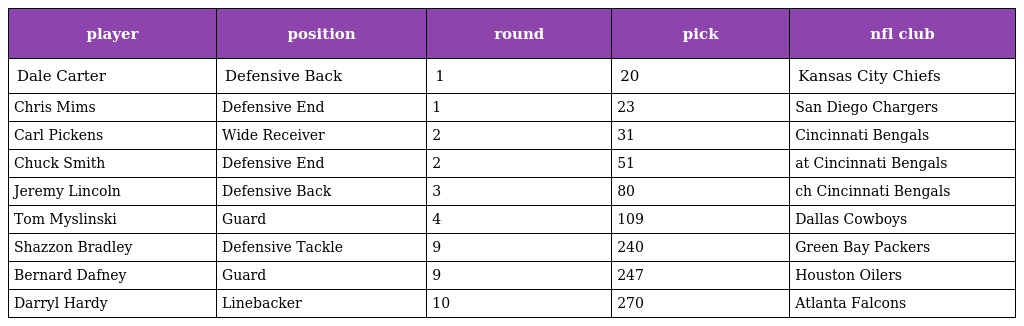
| player | position | round | pick | nfl club |
 | --- | --- | --- | --- | --- |
 | Dale Carter | Defensive Back | 1 | 20 | Kansas City Chiefs |
 | Chris Mims | Defensive End | 1 | 23 | San Diego Chargers |
 | Carl Pickens | Wide Receiver | 2 | 31 | Cincinnati Bengals |
 | Chuck Smith | Defensive End | 2 | 51 | at Cincinnati Bengals |
 | Jeremy Lincoln | Defensive Back | 3 | 80 | ch Cincinnati Bengals |
 | Tom Myslinski | Guard | 4 | 109 | Dallas Cowboys |
 | Shazzon Bradley | Defensive Tackle | 9 | 240 | Green Bay Packers |
 | Bernard Dafney | Guard | 9 | 247 | Houston Oilers |
 | Darryl Hardy | Linebacker | 10 | 270 | Atlanta Falcons |